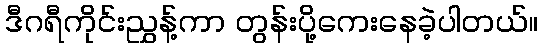
ဒီဂရီကိုင်းညွှန့်ကာ တွန်းပို့ကေးနေခဲ့ပါတယ်။